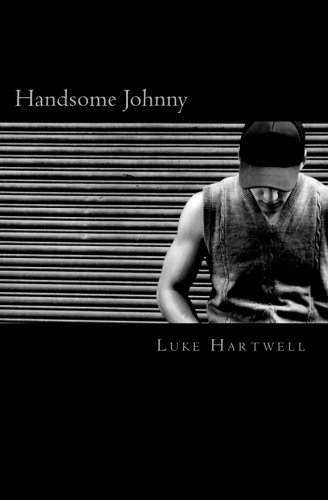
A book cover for Handsome Johnny: Collected Stories; Luke Hartwell; Romance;